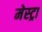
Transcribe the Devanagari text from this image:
मेस्ट्रा